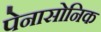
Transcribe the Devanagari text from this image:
पेनासोनिक